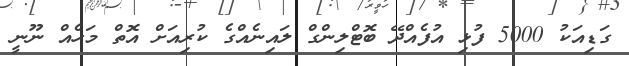
ގަޑިއަކު 5000 ފުޅި އުފެއްދޭ ބޮޓްލިންގް ލައިނެއްގެ ކުރިއަށް އޮތް މަހެއް ނޫނީ